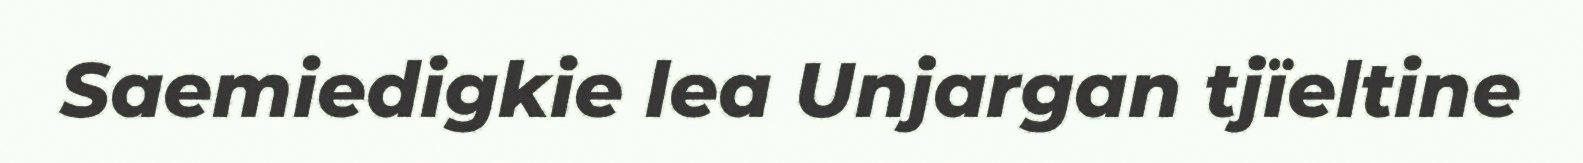
Saemiedigkie lea Unjargan tjïeltine